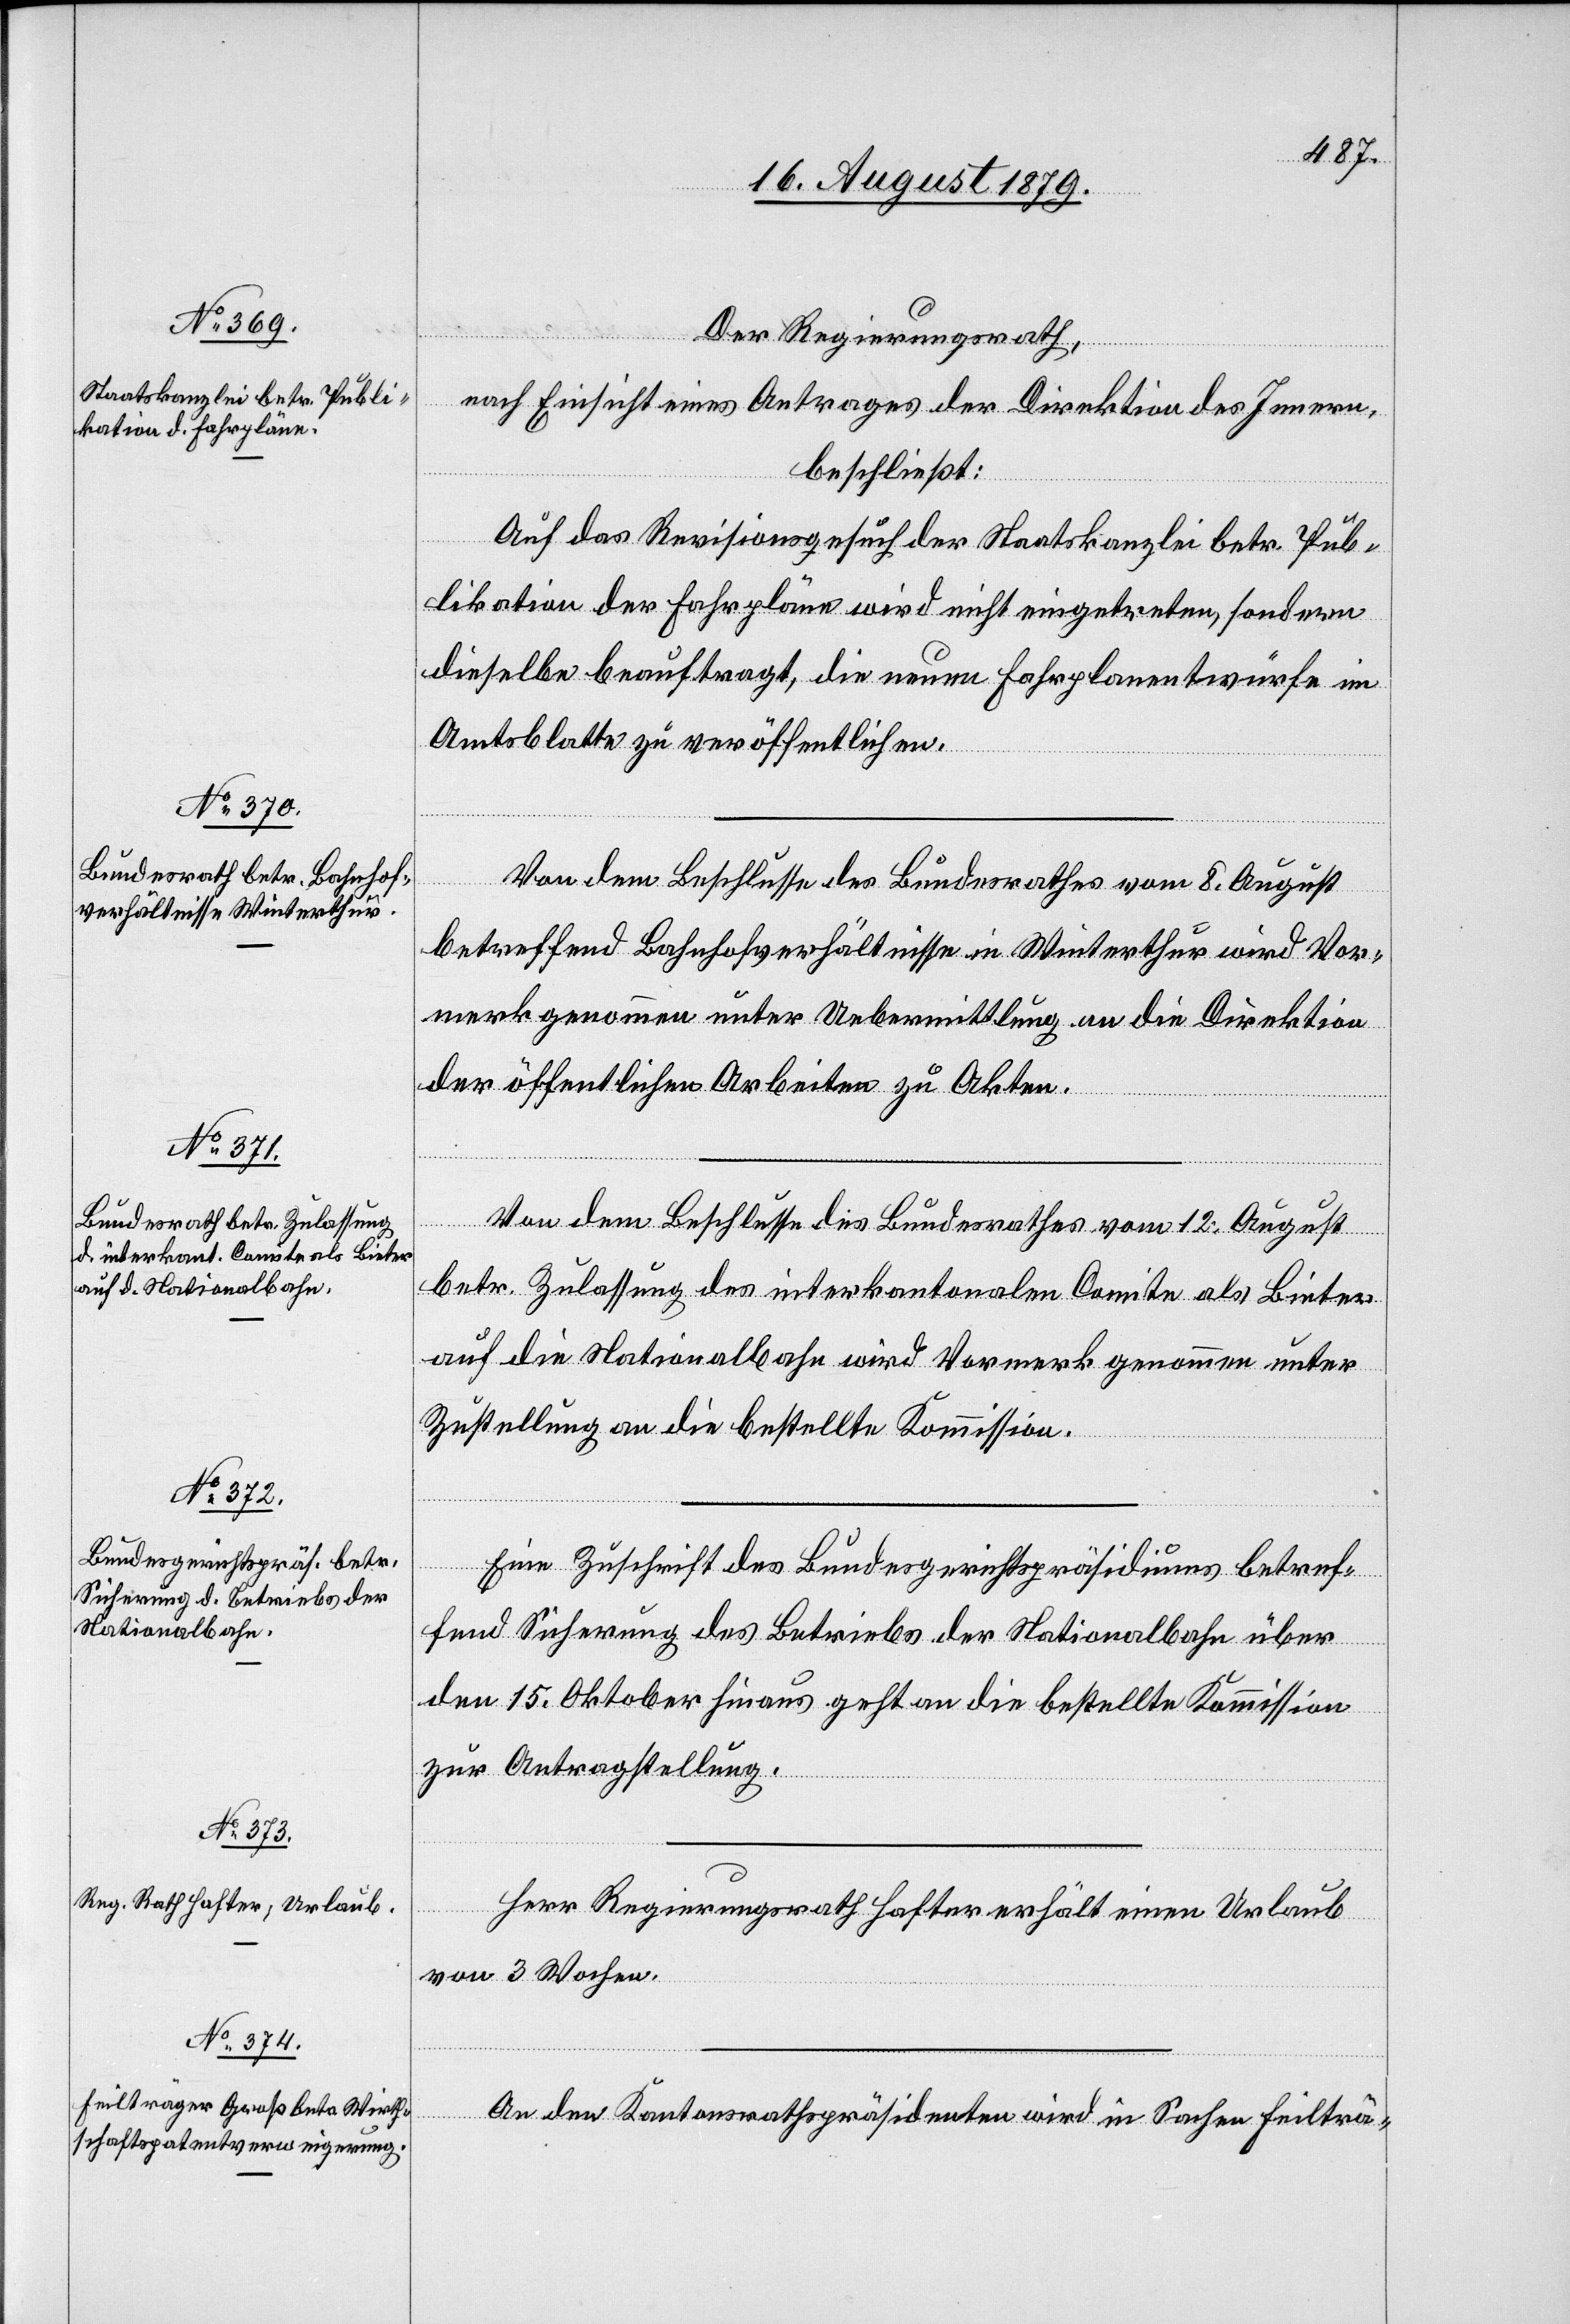
Der Regierungsrath,
nach Einsicht eines Antrages der Direktion des Innern,
beschließt:
Auf das Revisionsgesuch der Staatskanzlei betr. Pub¬
likation der Fahrpläne wird nicht eingetreten, sondern
dieselbe beauftragt, die neuen Fahrplanentwürfe im
Amtsblatte zu veröffentlichen.
Von dem Beschlusse des Bundesrathes vom 8. August
betreffend Bahnhofverhältnisse in Winterthur wird Vor¬
merk genommen unter Uebermittlung an die Direktion
der öffentlichen Arbeiten zu Akten.
Von dem Beschlusse des Bundesrathes vom 12. August
betr. Zulassung des interkantonalen Comite als Bieter
auf die Nationalbahn wird Vormerk genommen unter
Zustellung an die bestellte Kommission.
Eine Zuschrift des Bundesgerichtspräsidiums betref¬
fend Sicherung des Betriebs der Nationalbahn über
den 15. Oktober hinaus geht an die bestellte Kommission
zur Antragstellung.
Herr Regierungsrath Hafter erhält einen Urlaub
von 3 Wochen.
An den Kantonsrathspräsidenten wird in Sachen Feilträ-